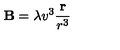
{ \bf B } = \lambda v ^ { 3 } { \frac { \bf r } { r ^ { 3 } } }